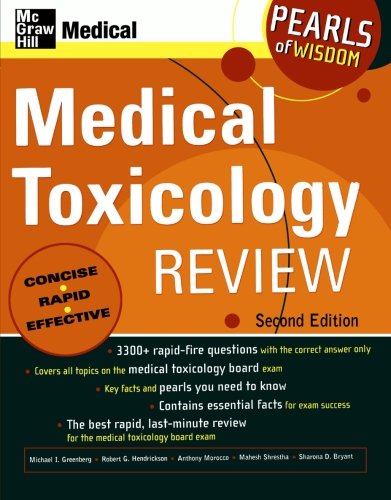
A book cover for Medical Toxicology Review: Pearls of Wisdom, Second Edition; Michael Greenberg; Medical Books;